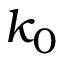
k _ { 0 }